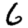
Digit: 6